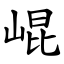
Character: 崐